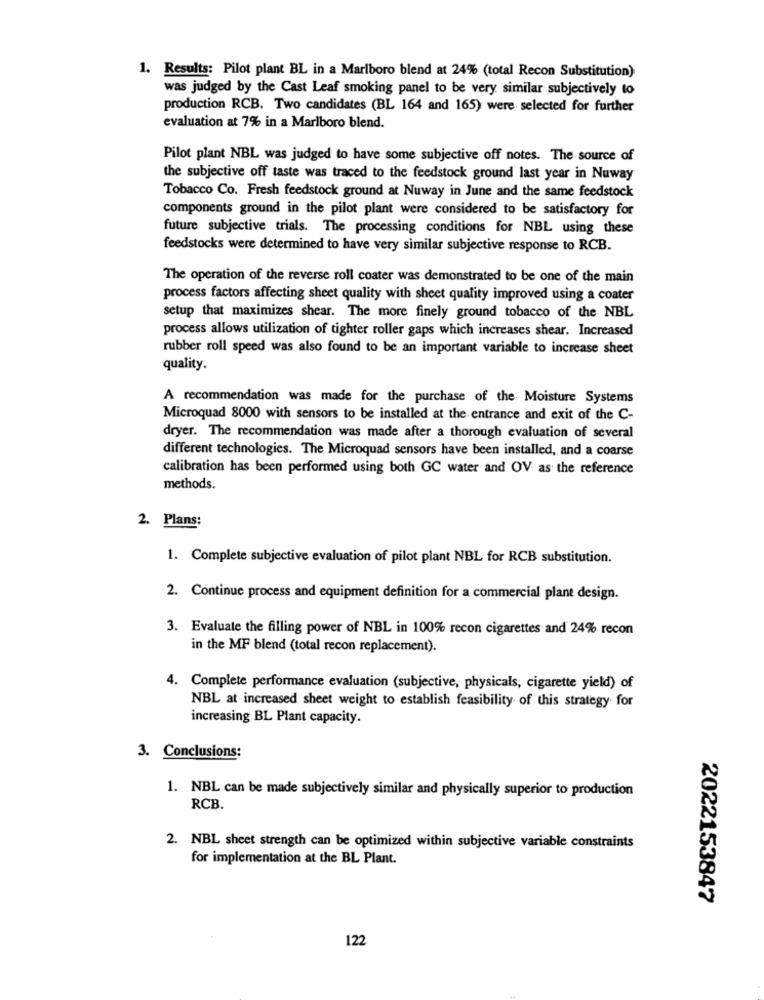
1. Results: Pilot plant BL in a Marlboro blend at 24% (total Recon Substitution)
was judged by the Cast Leaf smoking panel to be very similar subjectively to
production RCB. Two candidates (BL 164 and 165) were selected for further
evaluation at 7% in a Marlboro blend.
Pilot plant NBL was judged to have some subjective off notes. The source of
the subjective off taste was traced to the feedstock ground last year in Nuway
Tobacco Co. Fresh feedstock ground at Nuway in June and the same feedstock
components ground in the pilot plant were considered to be satisfactory for
future subjective trials. The processing conditions for NBL using these
feedstocks were determined to have very similar subjective response to RCB.
The operation of the reverse roll coater was demonstrated to be one of the main
process factors affecting sheet quality with sheet quality improved using a coater
setup that maximizes shear. The more finely ground tobacco of the NBL
process allows utilization of tighter roller gaps which increases shear. Increased
rubber roll speed was also found to be an important variable to increase sheet
quality.
A recommendation was made for the purchase of the Moisture Systems
Microquad 8000 with sensors to be installed at the entrance and exit of the C-
dryer. The recommendation was made after a thorough evaluation of several
different technologies. The Microquad sensors have been installed, and a coarse
calibration has been performed using both GC water and OV as the reference
methods.
2. Plans:
1. Complete subjective evaluation of pilot plant NBL for RCB substitution.
2. Continue process and equipment definition for a commercial plant design.
3. Evaluate the filling power of NBL in 100% recon cigarettes and 24% recon
in the MF blend (total recon replacement).
4. Complete performance evaluation (subjective, physicals, cigarette yield) of
NBL at increased sheet weight to establish feasibility of this strategy for
increasing BL Plant capacity.
3. Conclusions:
1. NBL can be made subjectively similar and physically superior to production
RCB.
2. NBL sheet strength can be optimized within subjective variable constraints
for implementation at the BL Plant.
2022153847
122